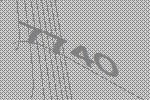
7740